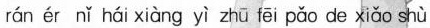
rán ér nǐ hái xiàng yì zhū fēi pǎo de xiǎo shù